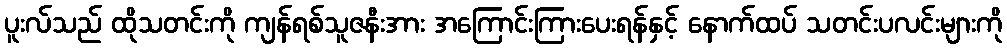
ပူးလ်သည် ထိုသတင်းကို ကျန်ရစ်သူဇနီးအား အကြောင်းကြားပေးရန်နှင့် နောက်ထပ် သတင်းပလင်းများကို